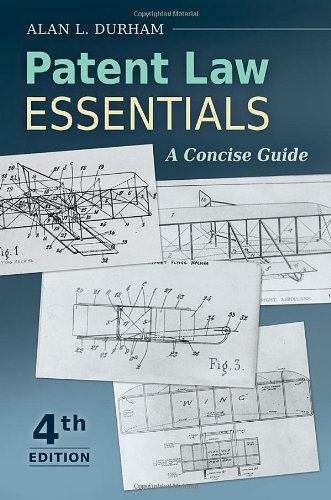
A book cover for Patent Law Essentials: A Concise Guide; Alan L. Durham; Law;